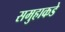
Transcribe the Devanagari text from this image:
समुहाकडे